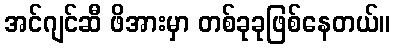
အင်ဂျင်ဆီ ဖိအားမှာ တစ်ခုခုဖြစ်နေတယ်။